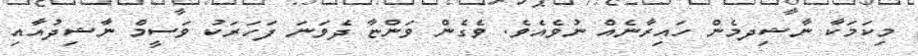
މިކަމަކާ ނާޝިދމެން ހައިރާނެއް ނުވެއެވެ. ވެގެން ވަންޏާ ދެވަނަ ފަހަރަކު ވަސީމް ނާޝިދުއާއި